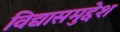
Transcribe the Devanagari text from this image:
विद्यासमुद्देश